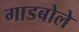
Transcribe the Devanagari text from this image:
गाडबोले